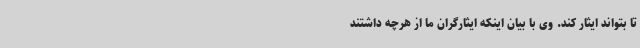
تا بتواند ایثار کند. وی با بیان اینکه ایثارگران ما از هرچه داشتند